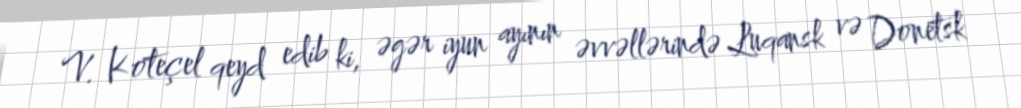
V. Koteçel qeyd edib ki, əgər iyun ayının əvvəllərində Luqansk və Donetsk